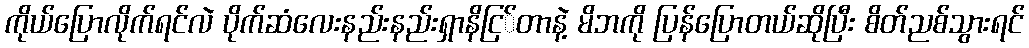
ကိုယ်ပြောလိုက်ရင်လဲ ပိုက်ဆံလေးနည်းနည်းရှာနိငြ်တာနဲ့ မိဘကို ပြန်ပြောတယ်ဆိုပြီး စိတ်ညစ်သွားရင်